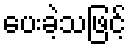
ပေးခဲ့သဖြင့်